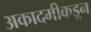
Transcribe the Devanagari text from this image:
अकादमीकडून